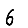
Digit: 6